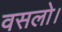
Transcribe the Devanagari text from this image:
वसलो।